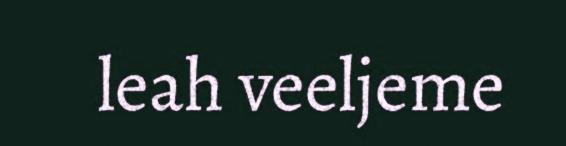
leah veeljeme